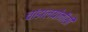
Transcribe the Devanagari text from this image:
चांडालयोनीसी